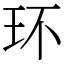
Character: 环